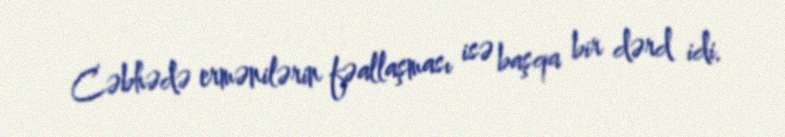
Cəbhədə ermənilərin fəallaşması isə başqa bir dərd idi.